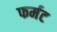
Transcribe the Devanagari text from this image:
फर्मट